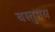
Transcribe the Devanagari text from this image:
वस्तुमय